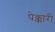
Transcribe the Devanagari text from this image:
पेक्कारी